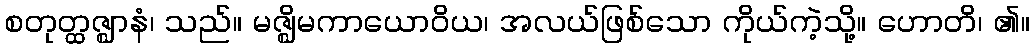
စတုတ္ထဇ္ဈာနံ၊ သည်။ မဇ္ဈိမကာယောဝိယ၊ အလယ်ဖြစ်သော ကိုယ်ကဲ့သို့။ ဟောတိ၊ ၏။